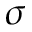
\sigma